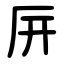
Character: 㕃